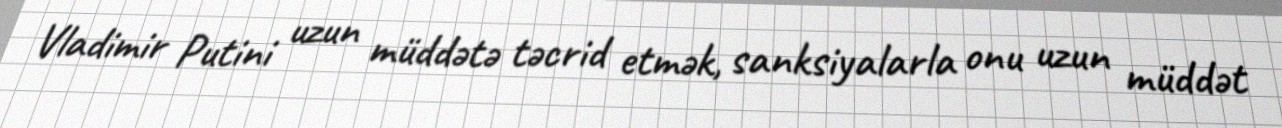
Vladimir Putini uzun müddətə təcrid etmək, sanksiyalarla onu uzun müddət